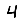
Digit: 4